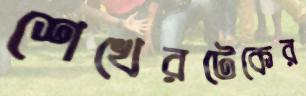
শেখেরটেকের